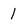
Character: 1